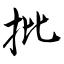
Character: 批